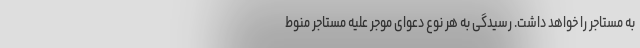
به مستاجر را خواهد داشت. رسیدگی به هر نوع دعوای موجر علیه مستاجر منوط